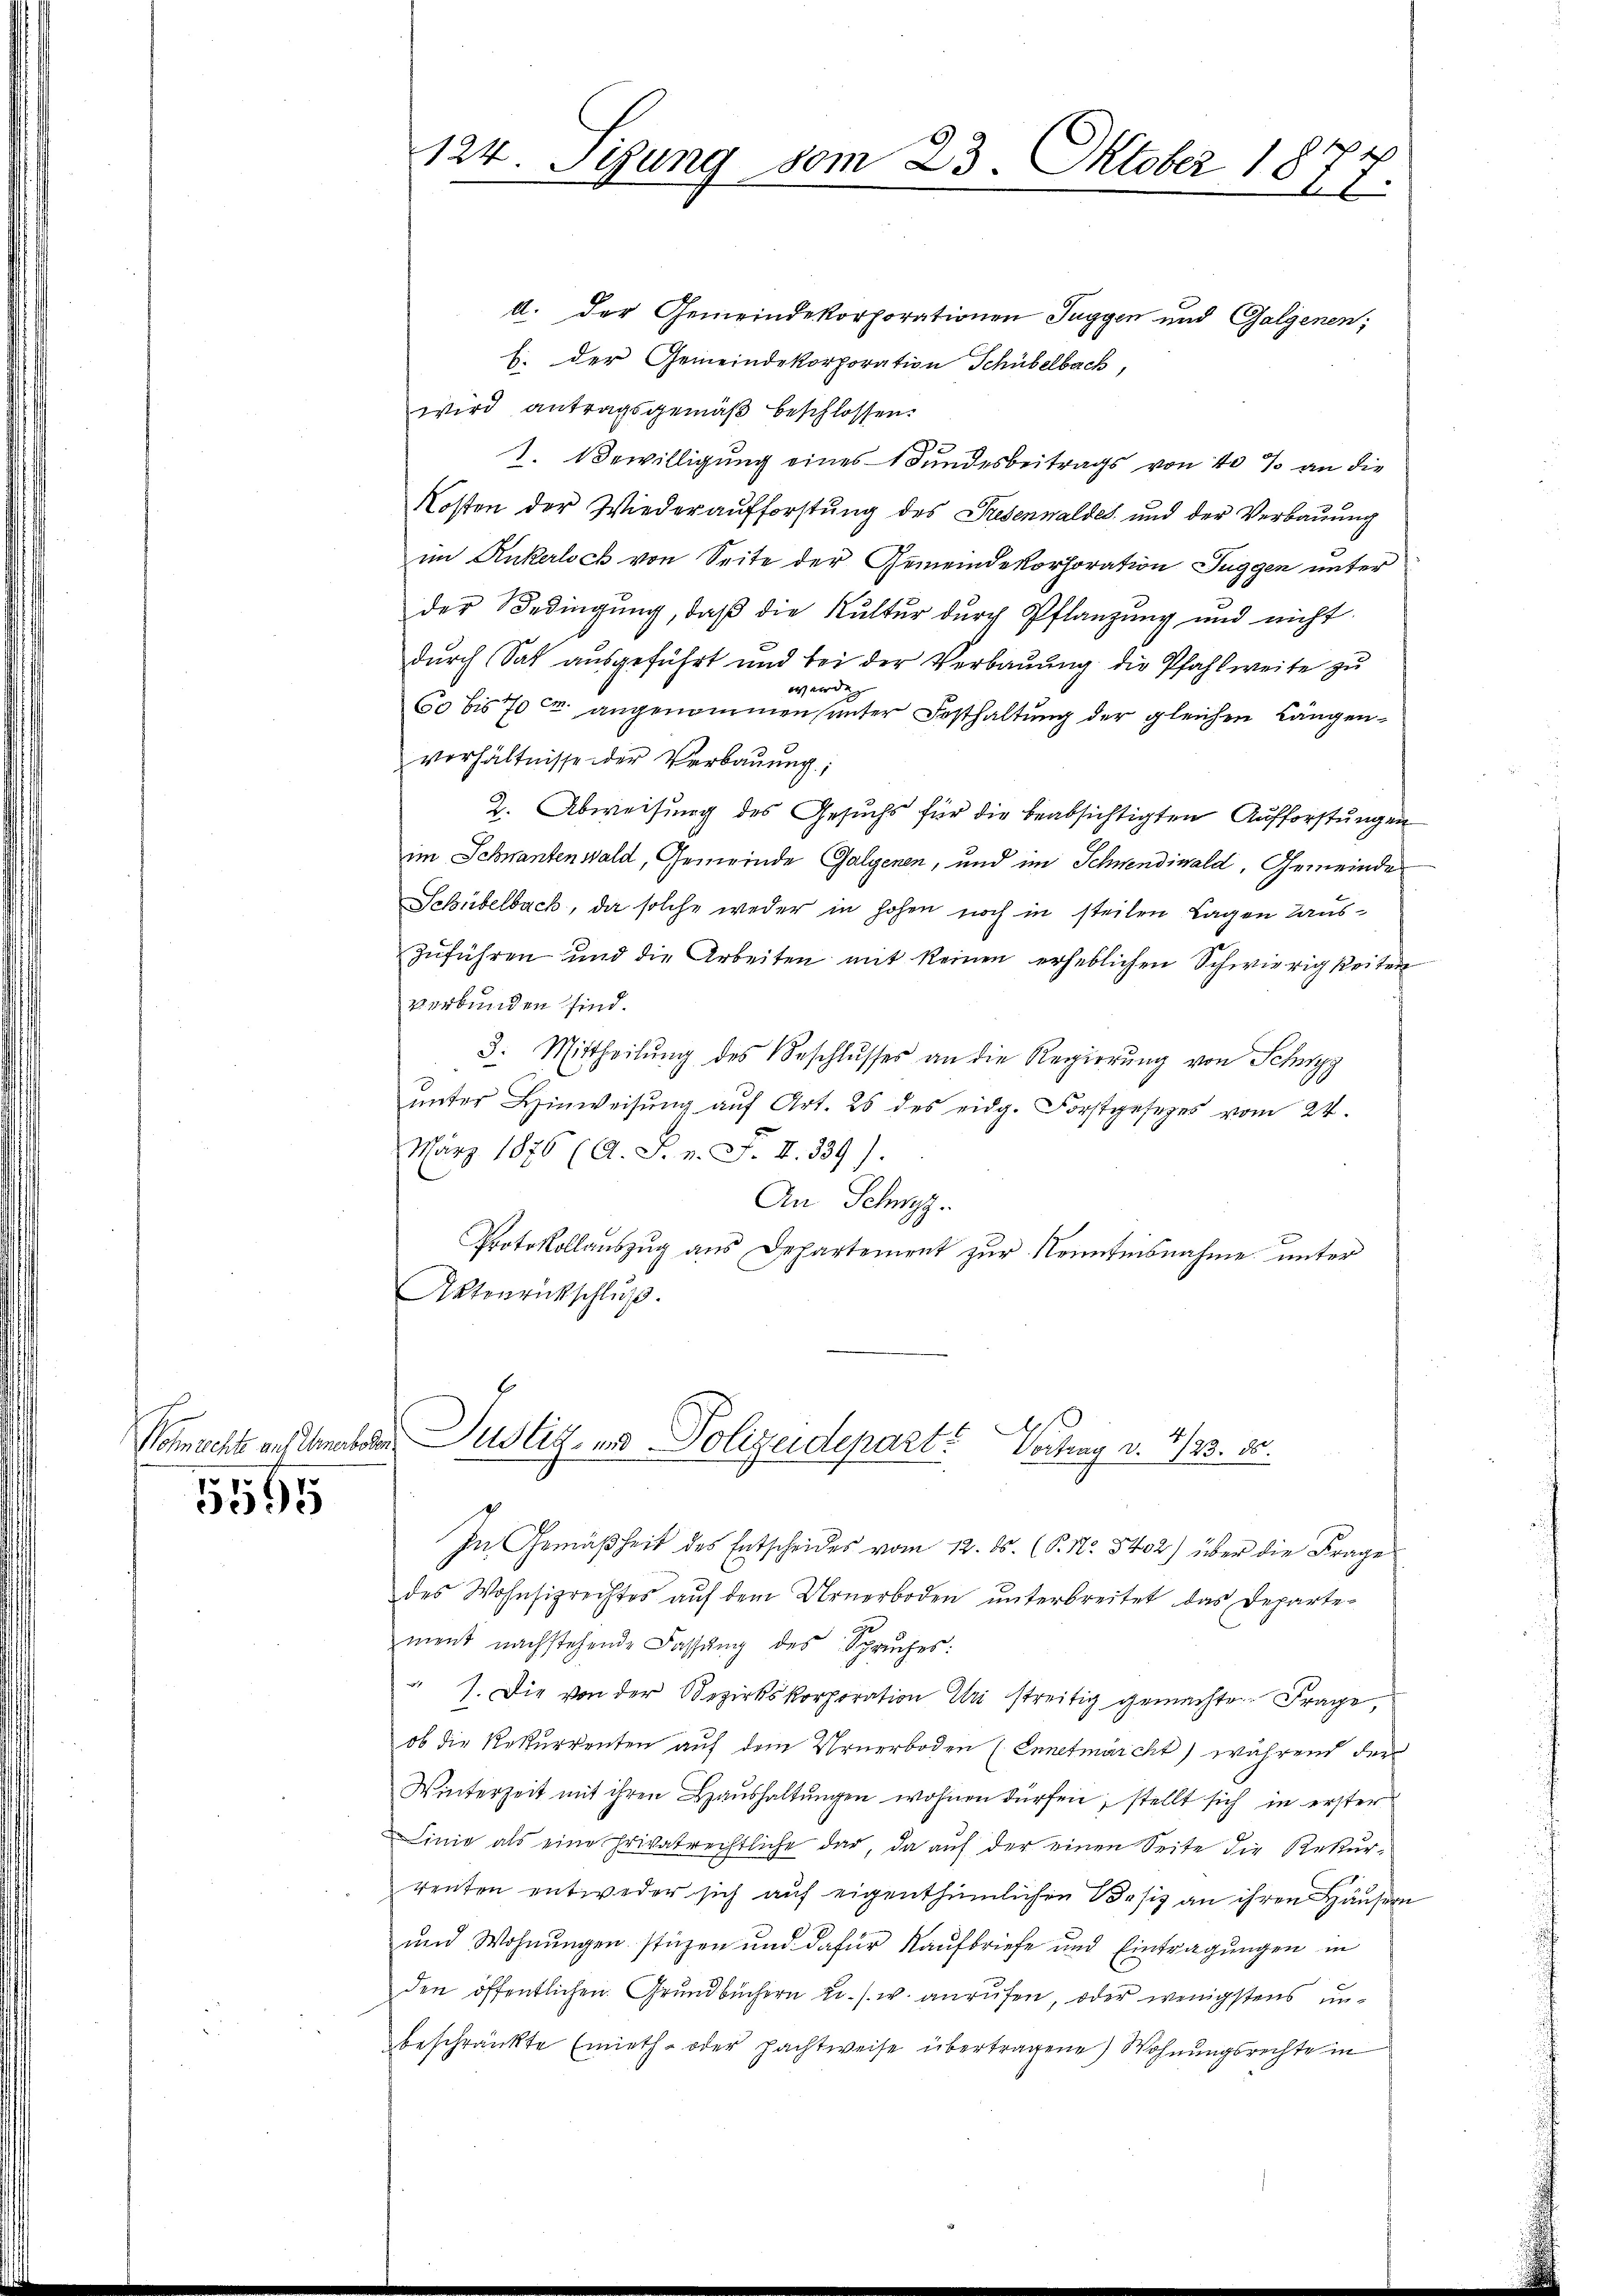
5595

124. Segung 80m 23. Oktober 18
1

A. der Gemeindekorporationen Tuggen und Galgenen;
b. der Gemeindekorporation Schübelbach,
wird antragsgemäß beschlossen.
1. Bewilligung eines Bundesbeitrags von 10 % an die
Kosten der Wiederaufforstung des Presenwaldes und der Verbauung
im Ruckerloch von Seite der Gemeindekorporation Tuggen unter
der Bedingung, daß die Kultur durch Pflanzung und nicht
durch Sat ausgeführt und bei der Verbaŭŭng die Pfahl weite zu
werden
60 bis 70 c. angenommen (unter Festhaltung der gleichen Längenverhältnisse der Verbauung;
2. Abweisung des Gesuchs für die beabsichtigten Aufforstungen
im Schnantenwald, Gemeinde Galgenen, und im Schwendiwald, Gemeinde
Schübelbach, da solche weder in hohen noch in steilen Lagen Hauszŭführen und die Arbeiten mit keinen erheblichen Schwierigkeiten
verbunden sind.
3. Mittheilŭng des Beschlŭsses an die Regierŭng von Schwyz
ŭnter Hinweisŭng aŭf Art. 25 des eidg. Forstgesetzes vom 24.
März 1876 (A. S. n. F. II. 339).
An Schwyz.
Protokollauszug aus Departement zur Kenntnisnahme unter
Aktenrückschluß.

Vornacht aus ihnen Justiz- und Polizeidepart? Vortrag v. 4/23. 80.

In Gemäßheit des Entscheides vom 12. ds. (N. N. 5402) über die Frage
des Wohnsizrechtes aŭf dem Urnerboden ŭnterbreitet das Departe-
ment nachstehende Fassung des Spruches:
" 1. Die von der Bezirkskorporation Uri streitig gemachten Frage
ob die Rekurrenten auf dem Urnerboden (Ennetmärcht) während der
Winterzeit mit ihren Haŭshaltŭngen wohnen dürfen, stellt sich in erster
Linie als eine Privatrechtliche dar, da auf der einen Seite die Rekurrenten entweder sich auf eigenthümlichen Besiz an ihren Häusern
und Wohnungen stüzen und dafür Kaufbriefe und Eintragungen in
den öffentlichen Grundbüchern u. s. w. anrufen, oder wenigstens unbeschränkte Einiet- oder Pachtweise übertragene Wohnungsrechte in